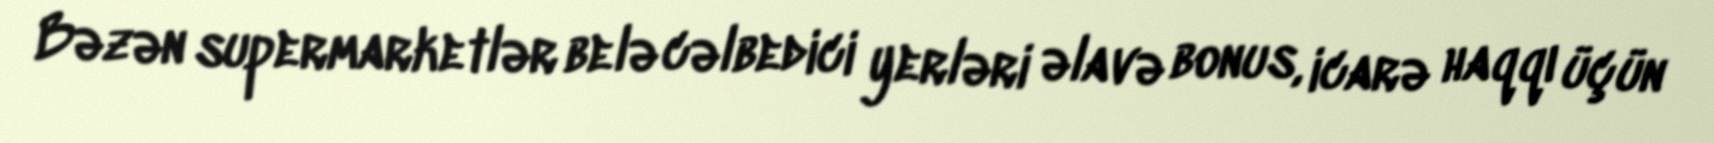
Bəzən supermarketlər belə cəlbedici yerləri əlavə bonus, icarə haqqı üçün